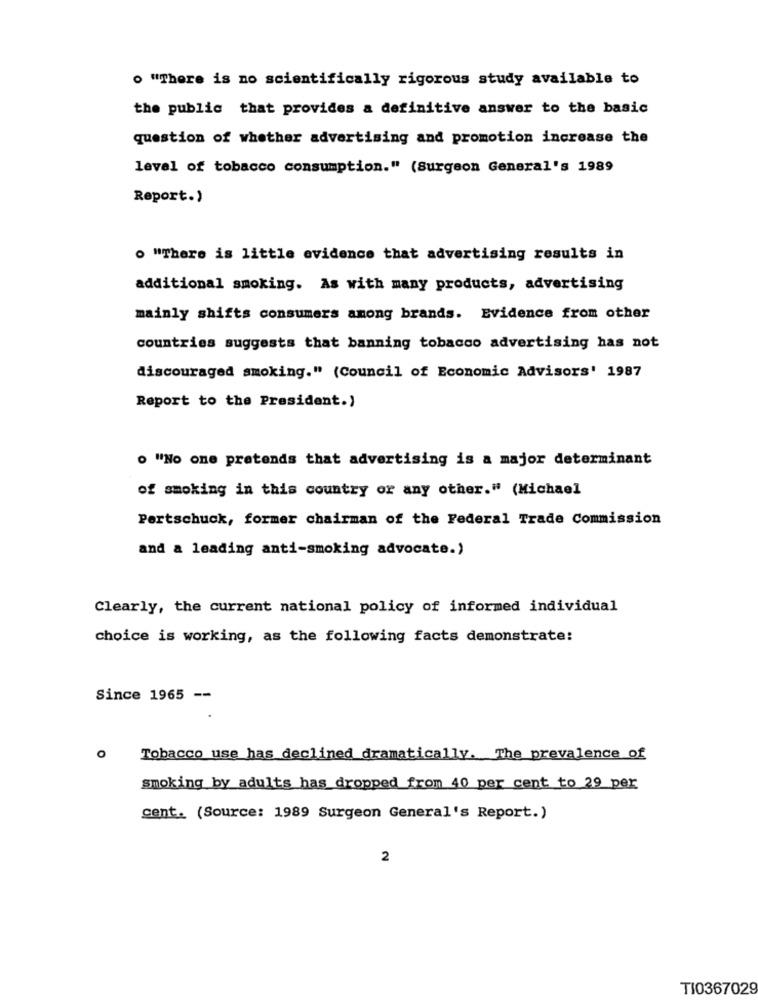
o "There is no scientifically rigorous study available to
the public that provides a definitive answer to the basic
question of whether advertising and promotion increase the
level of tobacco consumption." (Surgeon General's 1989
Report.)
. "There is little evidence that advertising results in
additional smoking. As with many products, advertising
mainly shifts consumers among brands. Evidence from other
countries suggests that banning tobacco advertising has not
discouraged smoking." (Council of Economic Advisors' 1987
Report to the President.)
o "No one pretends that advertising is a major determinant
of smoking in this country or any other." (Michael
Pertschuck, former chairman of the Federal Trade Commission
and a leading anti-smoking advocate.)
Clearly, the current national policy of informed individual
choice is working, as the following facts demonstrate:
Since 1965 --
O
Tobacco use has declined dramatically. The prevalence of
smoking by adults has dropped from 40 per cent to 29 per
cent. (Source: 1989 Surgeon General's Report.)
2
TI0367029